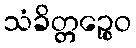
သံခိတ္တဉ္စေဝ